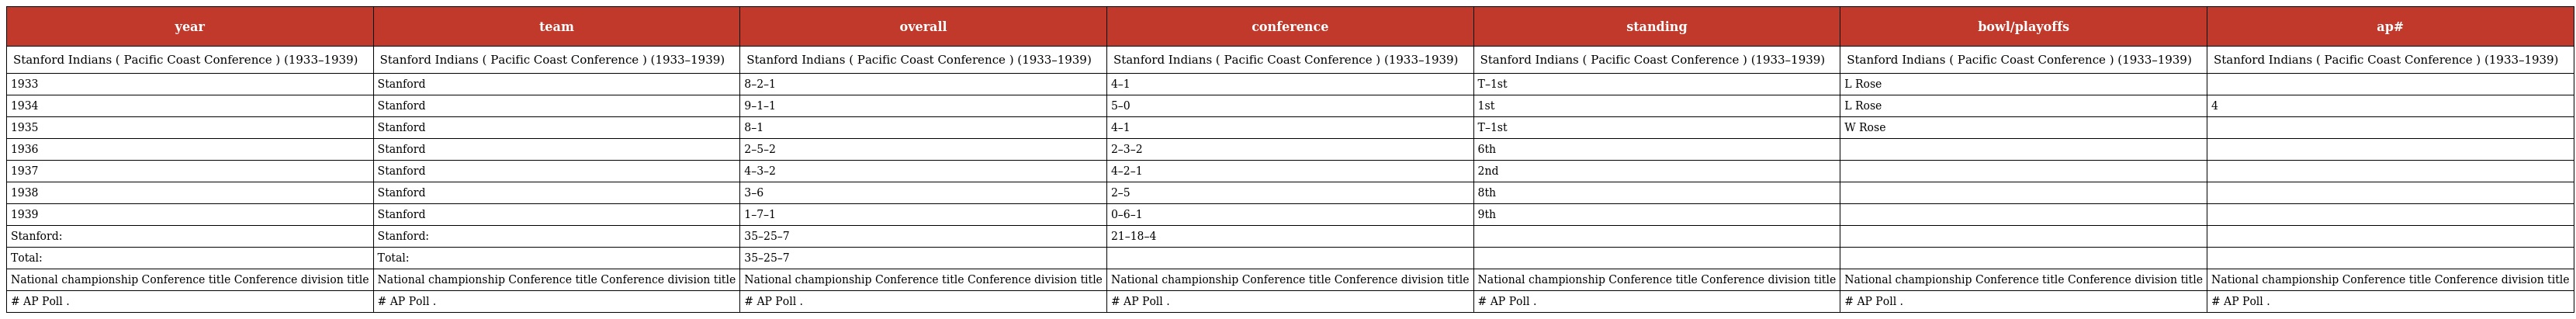
| year | team | overall | conference | standing | bowl/playoffs | ap# |
 | --- | --- | --- | --- | --- | --- | --- |
 | Stanford Indians ( Pacific Coast Conference ) (1933–1939) | Stanford Indians ( Pacific Coast Conference ) (1933–1939) | Stanford Indians ( Pacific Coast Conference ) (1933–1939) | Stanford Indians ( Pacific Coast Conference ) (1933–1939) | Stanford Indians ( Pacific Coast Conference ) (1933–1939) | Stanford Indians ( Pacific Coast Conference ) (1933–1939) | Stanford Indians ( Pacific Coast Conference ) (1933–1939) |
 | 1933 | Stanford | 8–2–1 | 4–1 | T–1st | L Rose |  |
 | 1934 | Stanford | 9–1–1 | 5–0 | 1st | L Rose | 4 |
 | 1935 | Stanford | 8–1 | 4–1 | T–1st | W Rose |  |
 | 1936 | Stanford | 2–5–2 | 2–3–2 | 6th |  |  |
 | 1937 | Stanford | 4–3–2 | 4–2–1 | 2nd |  |  |
 | 1938 | Stanford | 3–6 | 2–5 | 8th |  |  |
 | 1939 | Stanford | 1–7–1 | 0–6–1 | 9th |  |  |
 | Stanford: | Stanford: | 35–25–7 | 21–18–4 |  |  |  |
 | Total: | Total: | 35–25–7 |  |  |  |  |
 | National championship Conference title Conference division title | National championship Conference title Conference division title | National championship Conference title Conference division title | National championship Conference title Conference division title | National championship Conference title Conference division title | National championship Conference title Conference division title | National championship Conference title Conference division title |
 | # AP Poll . | # AP Poll . | # AP Poll . | # AP Poll . | # AP Poll . | # AP Poll . | # AP Poll . |